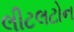
લીટલટોન